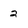
Character: 2